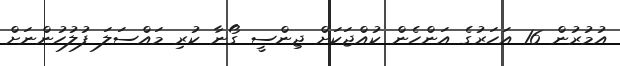
އުމުރުން 16 އަހަރުގެ އަންހެން ކުއްޖަކަށް ޖިންސީ ގޯނާ ކުރި މައްސަލަ ފުލުހުންނަށް